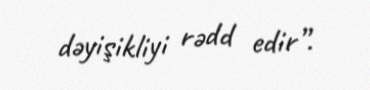
dəyişikliyi rədd edir”.